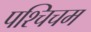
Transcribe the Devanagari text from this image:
पश्चिचम